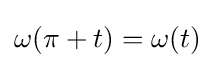
\omega (\pi +t)=\omega (t)